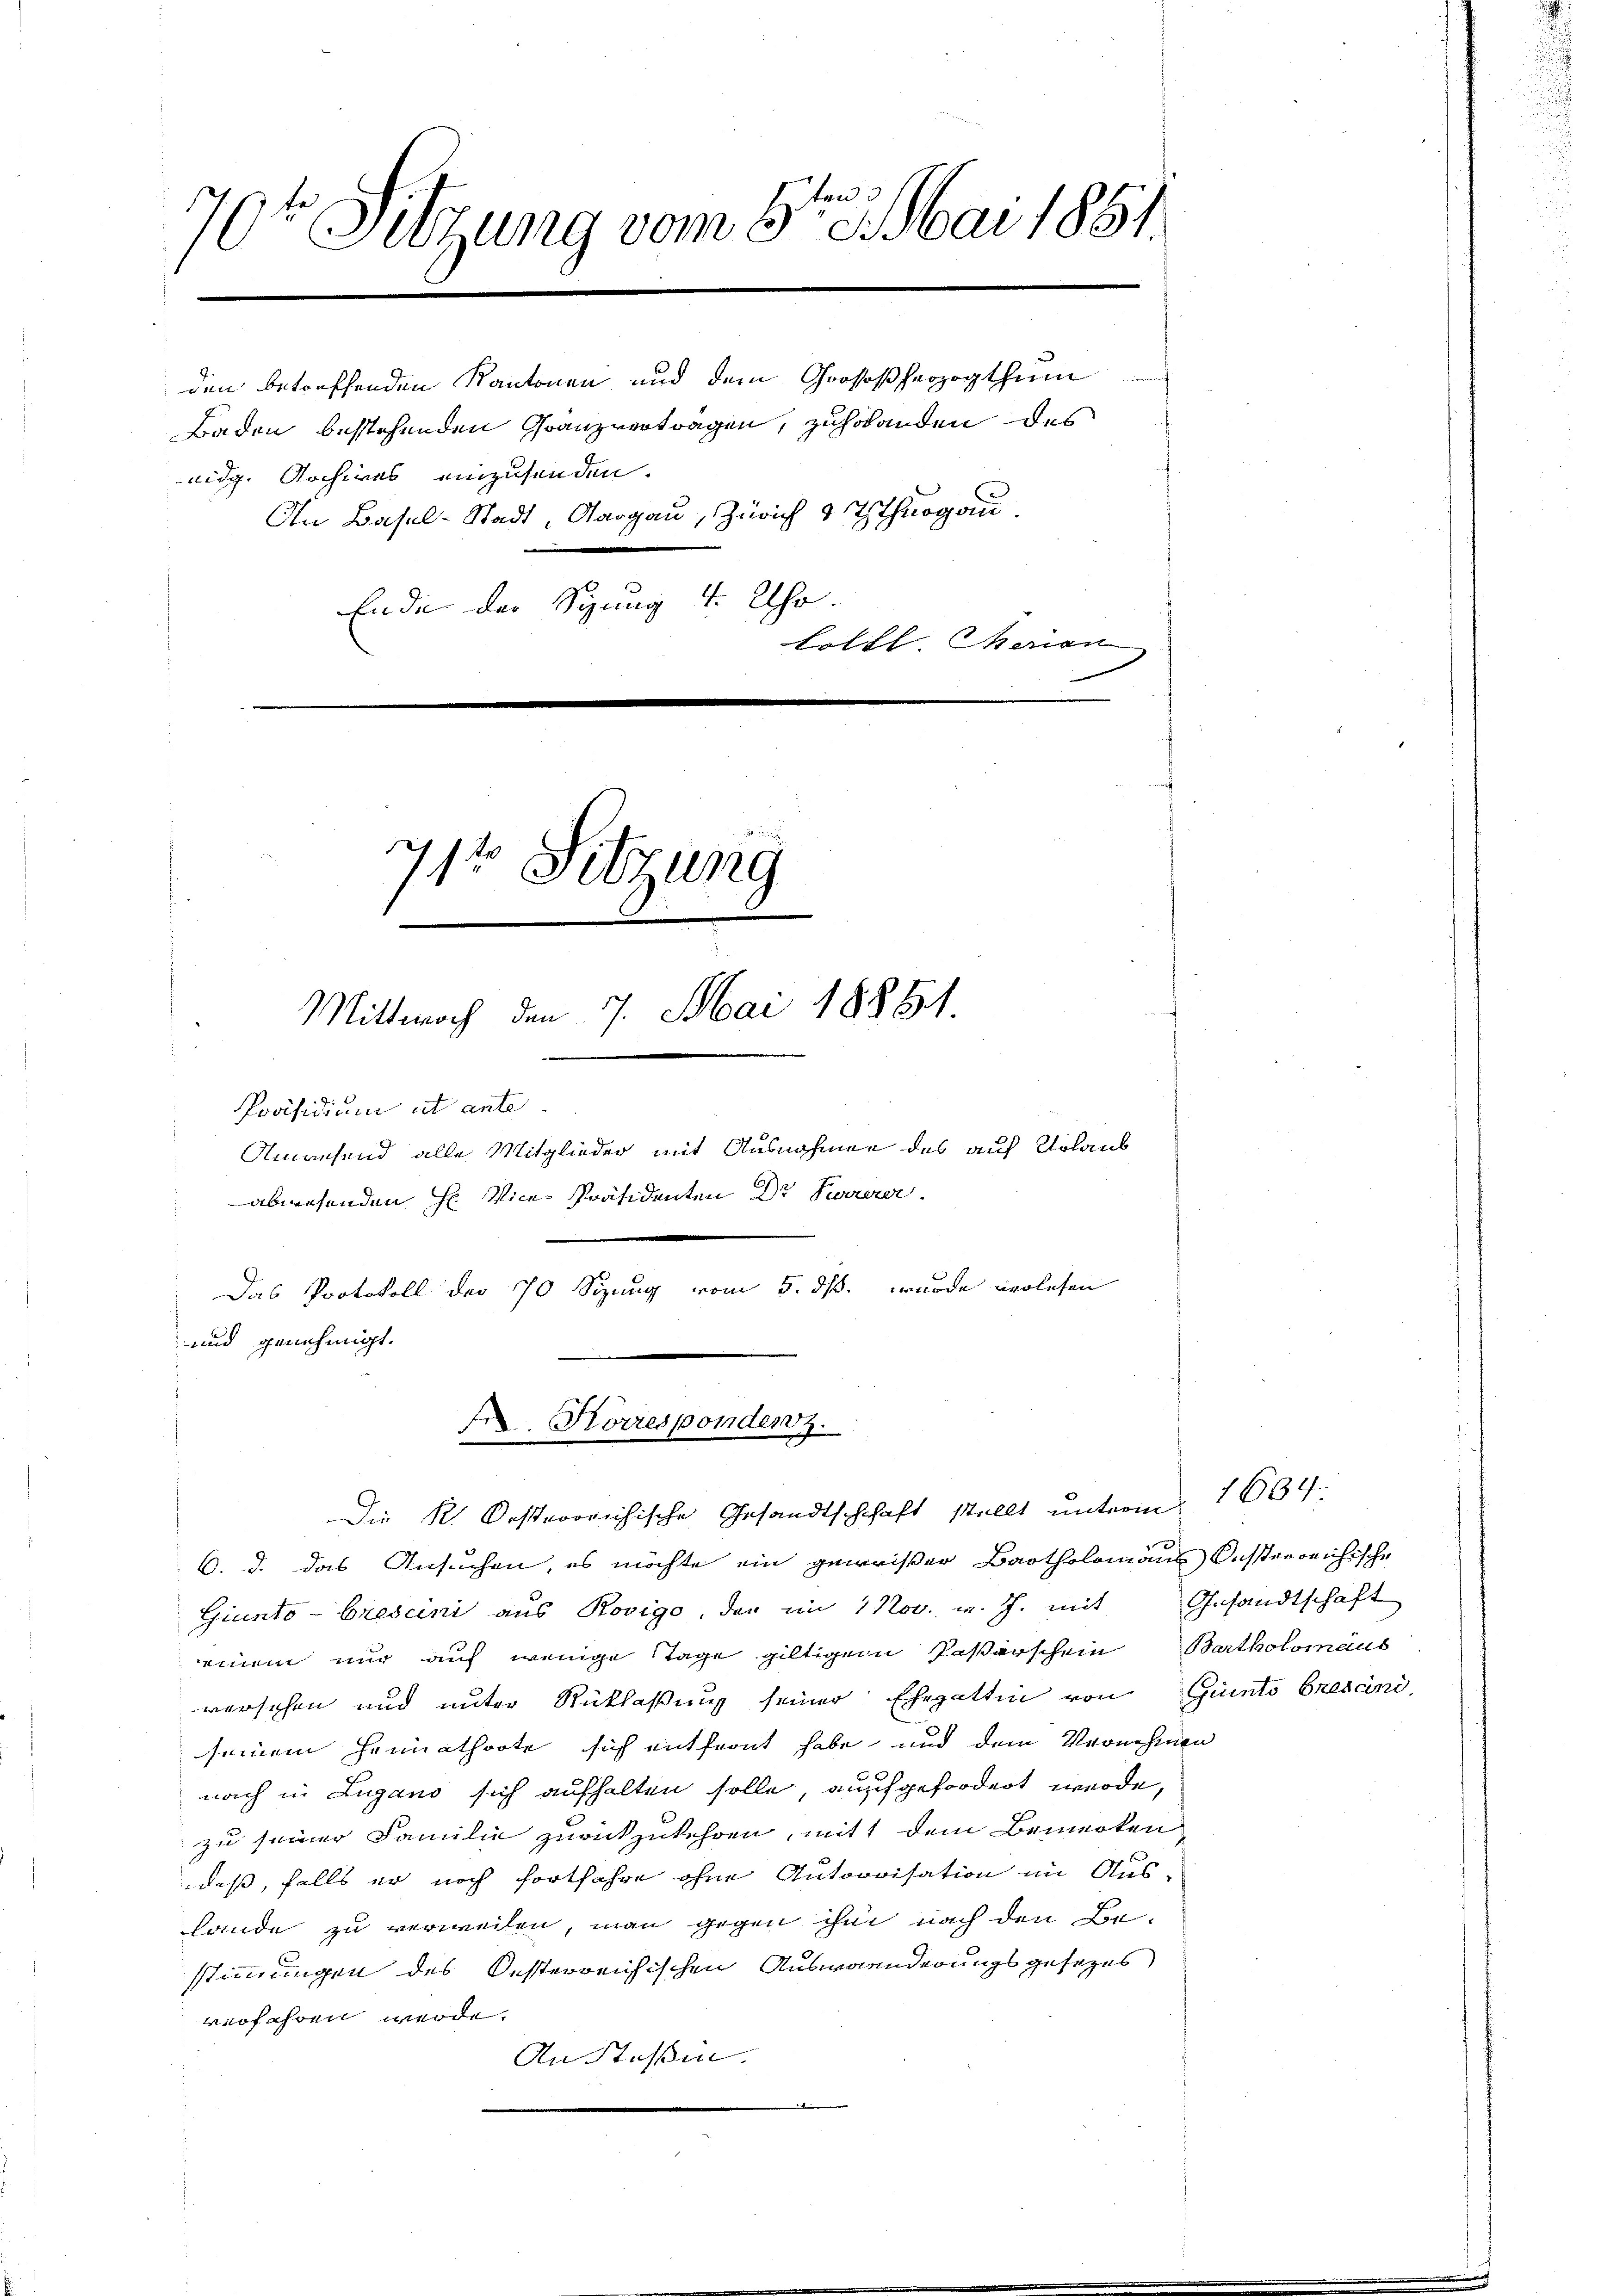
2
70t Sitzung vom 6. Mai 1851

den betreffenden Kantonen und dem Grosoßherzogthum
Baden bestehenden Granzvertragen, zuholenden des
An Basel-Stadt, Aargau, Zürich & Thurgau.
Ende der Syung 4 Uhr.
Lolbl. Maien

eidg. Archives einzusenden.

11te Sitzung
Mittwoch den 7. Mai 18881.
Präsidium ut ante.
Anwesend alle Mitglieder mit Ausnahmen des auf Urlaus
abwesenden H. Vice-Präsidenten Dr Twererer

Das Protokoll der 770 Sizung vom 5. ds. wurde verlesen
und genehmigt.

f Korresponden z.
Die K. Oesterrichische Gesandtschchaft stellt unterm

6. d. das Ansuchen, es möchte ein geweiser Bartholomans Oesterreichische
Giunto -brescini aus Rovigo, der im 1 Nov. v. J. mit Gesandtschaft
einem nur auf wenige Tage giltigem Fasterschein Bartholomäus
versehen und unter Rüklaßung seiner Ehegattin von Gunto Bresani
seinem Heimathörte sich entfernt habe und dem Vernehmen
nach in Lugano sich aufhalten solle, auch gefordert werde,
zu seiner Familie zurückzukehren, mit dem Bemerken
daß, falls er noch fortfahre ohne Autorrisation im Aus-
lande zu verweilen, man gegen ihm nach den Be-
stimmungen des Oesterreichischen Auswanderungsgesetzes
verfahren werde.
An Steßin.
6

1634.